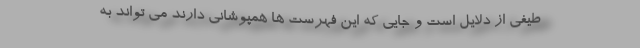
طیفی از دلایل است و جایی که این فهرست ها همپوشانی دارند می تواند به